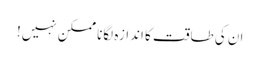
ان کی طاقت کا اندازہ لگانا ممکن نہیں!